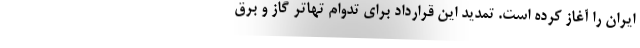
ایران را آغاز کرده است. تمدید این قرارداد برای تدوام تهاتر گاز و برق